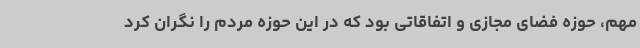
مهم، حوزه فضای مجازی و اتفاقاتی بود که در این حوزه مردم را نگران کرد